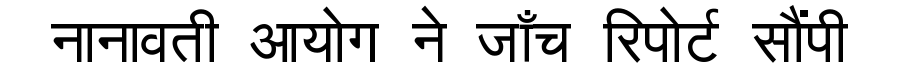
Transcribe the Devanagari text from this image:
नानावती आयोग ने जाँच रिपोर्ट सौंपी